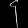
Digit: ၄